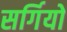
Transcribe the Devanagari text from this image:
सर्गियो